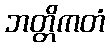
ဘတ္တိကတံ